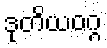
ဒုတိယဝဂ္ဂ